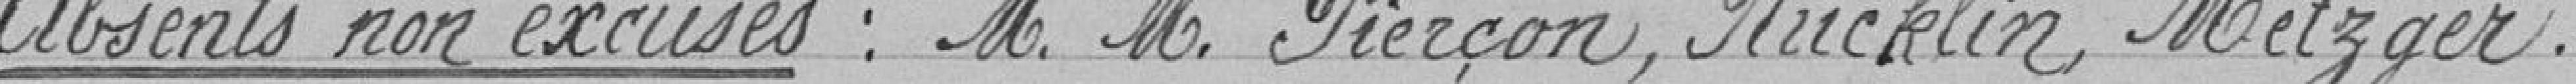
Absents non excusés : Messieurs Pierçon, Rücklin, Metzger